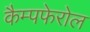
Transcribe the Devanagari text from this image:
कैम्पफेरोल